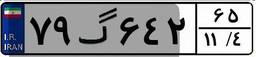
۷۹گ۶۴۲۶۵